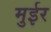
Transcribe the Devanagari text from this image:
मुईर